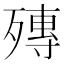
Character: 𣩘